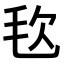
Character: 𣬴